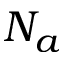
N _ { a }